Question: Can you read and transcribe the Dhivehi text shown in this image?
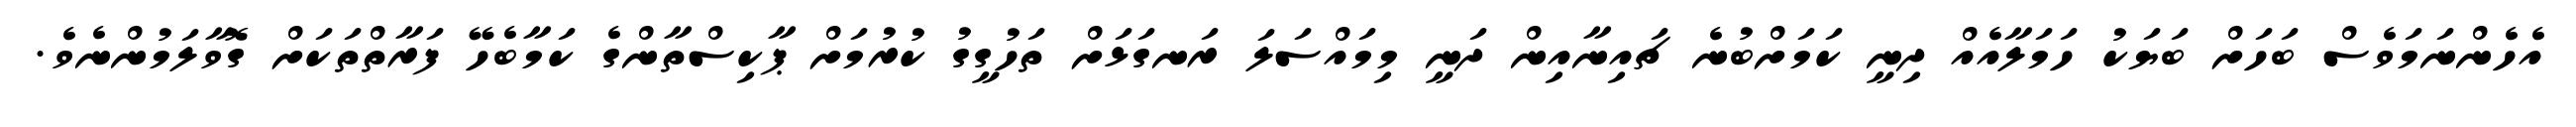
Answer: އެހެންނަމަވެސް ބަހަށް ބަޔަކު ހަމަލާއެއް ދިނީ ކަމަށްބުނެ ޗައިނާއިން ދަނީ މިމައްސަލަ ރަނގަޅަށް ތަހުގީގު ކުރުމަށް ޕާކިސްތާންގެ ކަމާބެހޭ ފަރާތްތަކަށް ގޮވާލަމުންނެވެ.